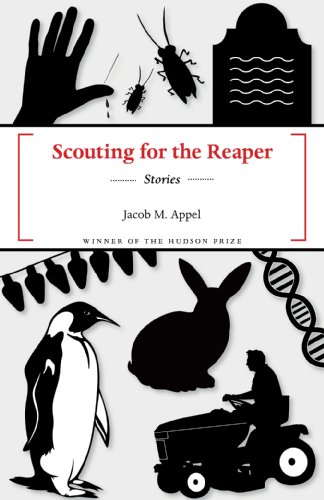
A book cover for Scouting for the Reaper; Jacob M Appel; Mystery, Thriller & Suspense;